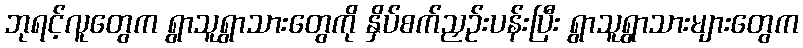
ဘုရင့်လူတွေက ရွာသူရွာသားတွေကို နှိပ်စက်ညှဉ်းပန်းပြီး ရွာသူရွာသားများတွေက